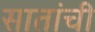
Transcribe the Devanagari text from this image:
सातांची